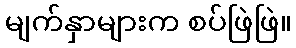
မျက်နှာများက စပ်ဖြဲဖြဲ။